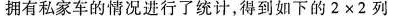
拥有私家车的情况进行了统计，得到如下的2×2列